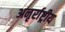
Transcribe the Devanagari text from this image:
अनृर्राष्ट्रीय